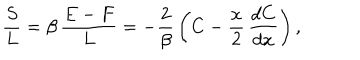
{ \frac { S } { L } } = \beta \, { \frac { E - F } { L } } = - { \frac { 2 } { \beta } } \left( C - { \frac { x } { 2 } } \, { \frac { d C } { d x } } \right) ,